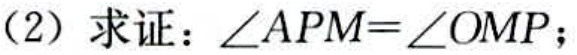
（2）求证：\(\angle APM = \angle OMP\)；